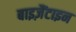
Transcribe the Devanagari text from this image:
बाइज़ैंटाइन